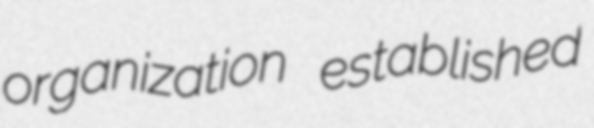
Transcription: organization established